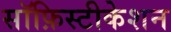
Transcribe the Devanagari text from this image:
सॉफ़िस्टीकेशन